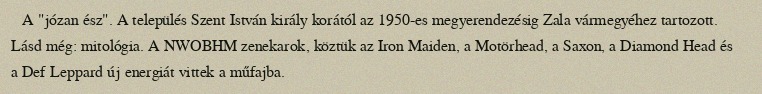
A "józan ész". A település Szent István király korától az 1950-es megyerendezésig Zala vármegyéhez tartozott. Lásd még: mitológia. A NWOBHM zenekarok, köztük az Iron Maiden, a Motörhead, a Saxon, a Diamond Head és a Def Leppard új energiát vittek a műfajba.